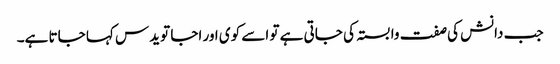
جب دانش کی صفت وابستہ کی جاتی ہے تو اسے کوی اور اجا تویدس کہا جاتا ہے۔